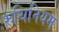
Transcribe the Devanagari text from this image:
रुथिनियम